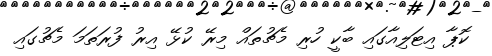
ކޮޕާ އިޓަލިއާގައި ބާކީ ހުރި މެޗުތައް މިރޭ ކުޅޭ އިރު ފުރަތަމަ މެޗުގައި